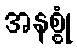
အနစ္စုံ